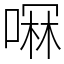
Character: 𫫋